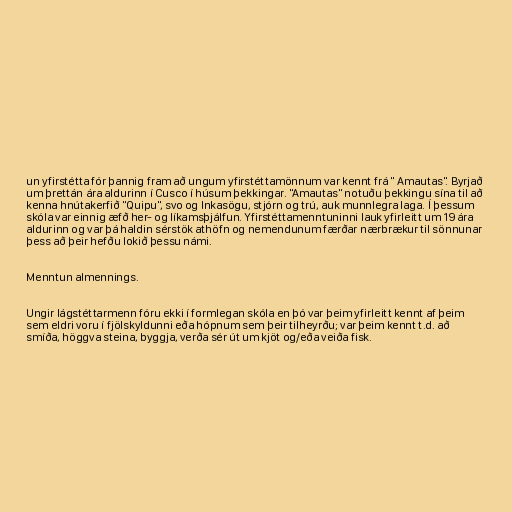
un yfirstétta fór þannig fram að ungum yfirstéttamönnum var kennt frá " Amautas". Byrjað
um þrettán ára aldurinn í Cusco í húsum þekkingar. "Amautas" notuðu þekkingu sína til að
kenna hnútakerfið "Quipu", svo og Inkasögu, stjórn og trú, auk munnlegra laga. Í þessum
skóla var einnig æfð her- og líkamsþjálfun. Yfirstéttamenntuninni lauk yfirleitt um 19 ára
aldurinn og var þá haldin sérstök athöfn og nemendunum færðar nærbrækur til sönnunar
þess að þeir hefðu lokið þessu námi.

Menntun almennings.

Ungir lágstéttarmenn fóru ekki í formlegan skóla en þó var þeim yfirleitt kennt af þeim
sem eldri voru í fjölskyldunni eða hópnum sem þeir tilheyrðu; var þeim kennt t.d. að
smíða, höggva steina, byggja, verða sér út um kjöt og/eða veiða fisk.